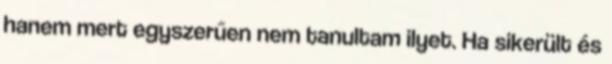
hanem mert egyszerűen nem tanultam ilyet. Ha sikerült és